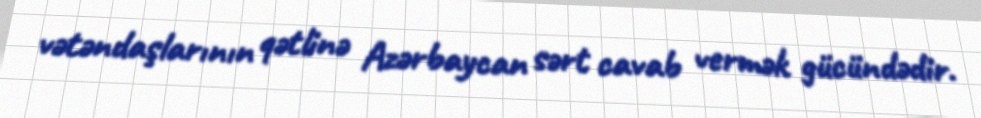
vətəndaşlarının qətlinə Azərbaycan sərt cavab vermək gücündədir.